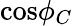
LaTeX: \mathrm{cos}\phi_{C}